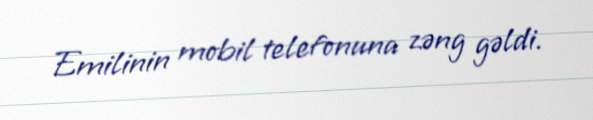
Emilinin mobil telefonuna zəng gəldi.